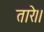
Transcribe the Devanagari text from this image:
तारे।।